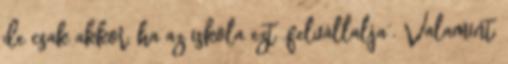
de csak akkor, ha az iskola ezt „felvállalja”. Valamint,